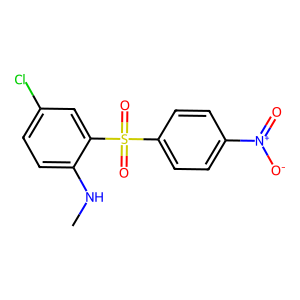
SMILES: CNc1ccc(Cl)cc1S(=O)(=O)c1ccc([N+](=O)[O-])cc1
Inhibits HIV replication: No